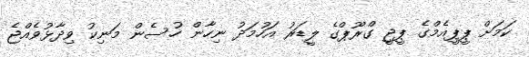
ކަމަށް ޕީޕީއެމްގެ ޕީޖީ ގްރޫޕްގެ ލީޑަރު އަހުމަދު ނިހާން ހުސެން މަނިކު ވިދާޅުވެއްޖެ